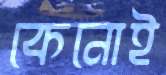
কেনোই